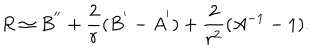
LaTeX: R \simeq B ^ { ' ^ { \prime } } + \frac { 2 } { r } ( B ^ { ' } - A ^ { ' } ) + \frac { 2 } { r ^ { 2 } } ( A ^ { - 1 } - 1 ) .